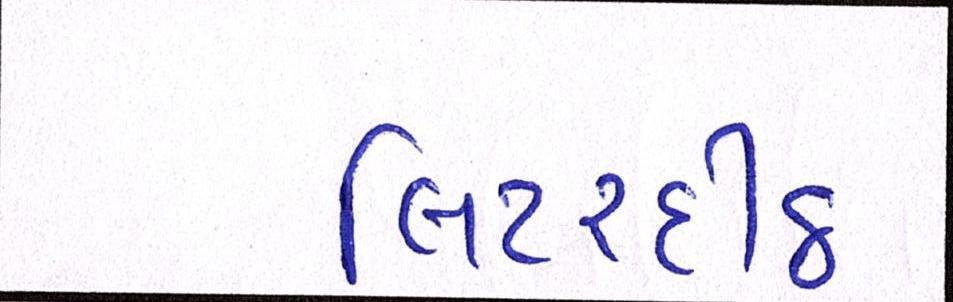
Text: લિટરદીઠ